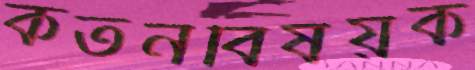
কর্তনবিষয়ক